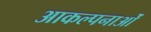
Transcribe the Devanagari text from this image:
आकल्पनाओं